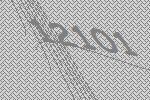
12101